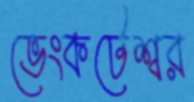
ভেংকটেশ্বর